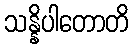
သန္နိပါတောတိ